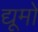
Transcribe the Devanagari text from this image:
द्यूमों